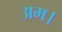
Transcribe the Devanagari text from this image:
अम।